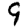
Digit: 9